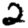
Digit: 2